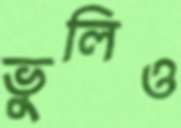
ভুলিও